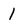
Character: 1